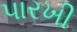
પારખી